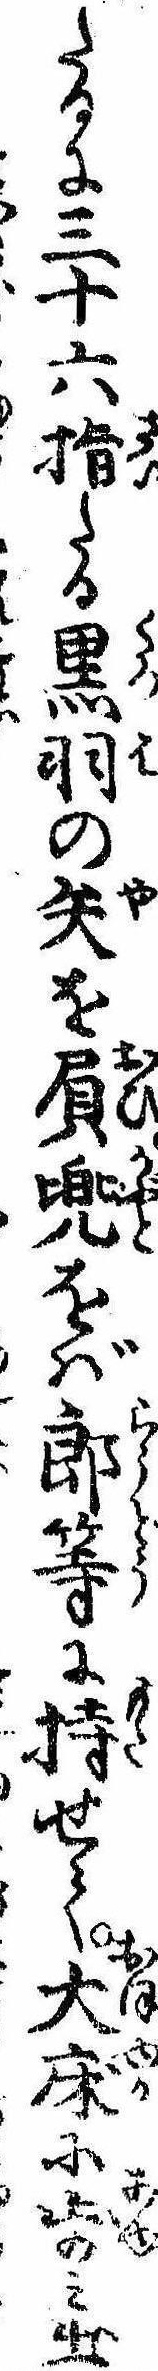
たるに三十六指たる黒羽の矢を屓兜をば郎等に持せて大床に歩み出